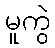
မူကွဲ